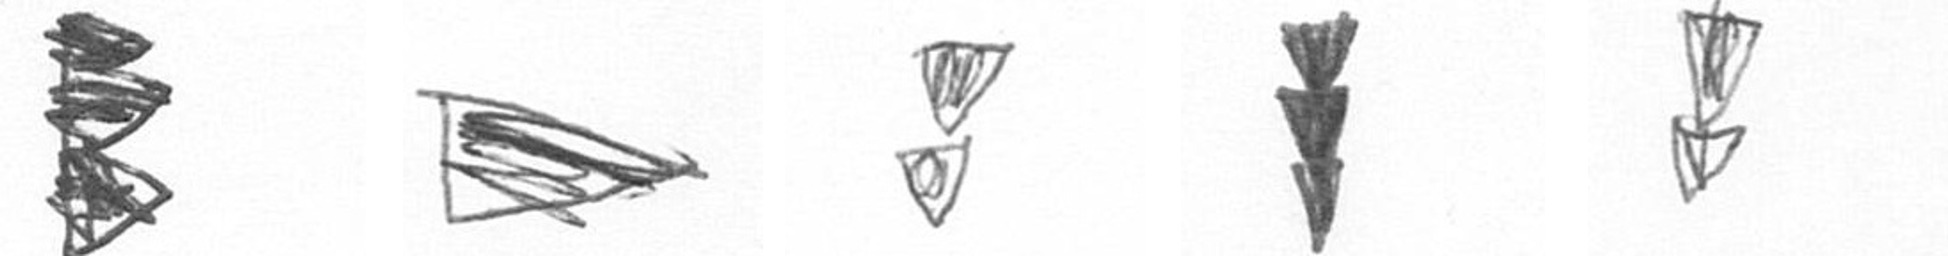
H T Z E Z